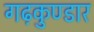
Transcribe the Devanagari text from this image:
गढ़कुण्डार